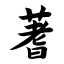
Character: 蓍